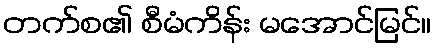
တက်စ၏ စီမံကိန်း မအောင်မြင်။